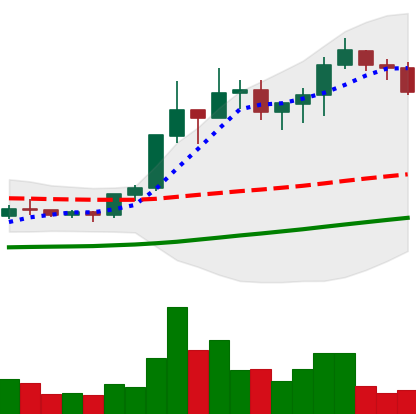
Ticker: XLM-USD
Chart end date: 2020-07-20
Forward return: 5.809%
Label: up_5_7